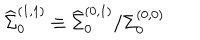
{ \widehat \Sigma } _ { 0 } ^ { ( 1 , 1 ) } \equiv { { \widehat \Sigma } _ { 0 } ^ { ( 0 , 1 ) } } / { { \Sigma } _ { 0 } ^ { ( 0 , 0 ) } }